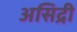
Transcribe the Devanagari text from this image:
असिद्री